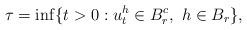
LaTeX: \begin{align*}\tau=\inf\{t>0: u^{h}_{t}\in B^{c}_{r}, \ h\in B_{r}\},\end{align*}